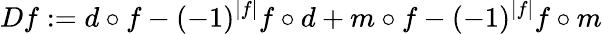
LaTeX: Df:=d\circ f-(-1)^{|f|}f\circ d+m\circ f-(-1)^{|f|}f\circ m